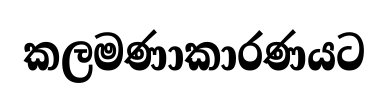
කලමණාකාරණයට